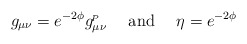
\begin{align*}g_{\mu\nu}=e^{-2\phi} g^{\!_P}_{\mu\nu} \ \ \ \ {\rm and}\ \ \ \ \eta=e^{-2\phi}\end{align*}